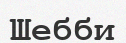
Шебби